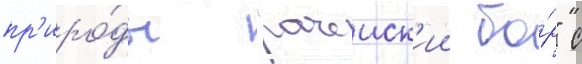
пр'иро́ды "рачеиск'ии бо́р" с